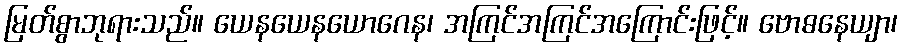
မြတ်စွာဘုရားသည်။ ယေနယေနယောဂေန၊ အကြင်အကြင်အကြောင်းဖြင့်။ ဗောဓနေယျာ၊